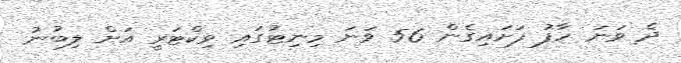
ދެ ވަނަ ހާފު ފަށައިގެން 56 ވަނަ މިނިޓުގައި ވިކްޓަރީ އަށް ލިބުނު